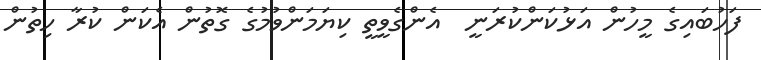
ފަހުބައިގެ މީހުން އަޅުކަންކުރަނީ  އެންގެވީތީ ކިޔަމަންވުމުގެ ގޮތުން އެކަން ކުރާ ހިތުން